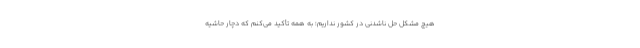
هیچ مشکل حل ناشدنی در کشور نداریم؛ به همه تأکید می‌کنم که دچار حاشیه